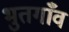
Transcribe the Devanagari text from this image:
भुतगाँव